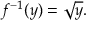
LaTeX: f ^ { - 1 } ( y ) = { \sqrt { y } } .